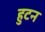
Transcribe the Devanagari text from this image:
हुटन